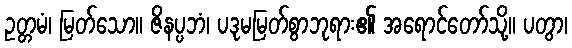
ဥတ္တမံ၊ မြတ်သော။ ဇိနပ္ပဘံ၊ ပဒုမမြတ်စွာဘုရား၏ အရောင်တော်သို့။ ပတွာ၊